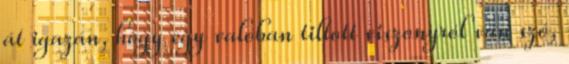
át igazán, hogy egy valóban tiltott viszonyról van szó,